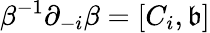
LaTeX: \beta^{-1}\partial_{-i}\beta=[C_{i},\mathfrak{b}]